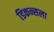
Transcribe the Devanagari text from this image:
डिकन्सला